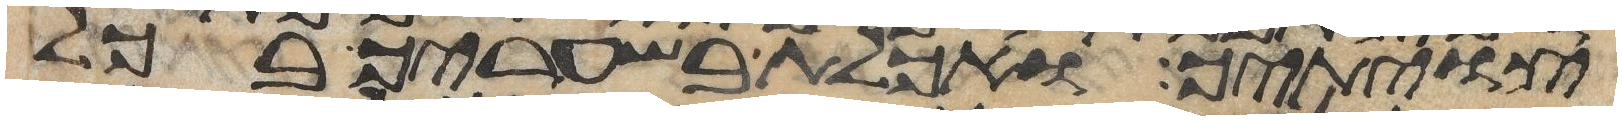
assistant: צויתיך ואכלת בשעריך בכל